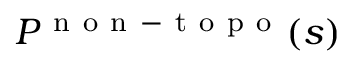
P ^ { \mathrm { ~ n ~ o ~ n ~ - ~ t ~ o ~ p ~ o ~ } } ( s )